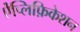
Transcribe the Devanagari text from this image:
ऐंप्लिफ़िकेशन